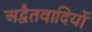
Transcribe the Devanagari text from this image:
अद्वैतवादियों